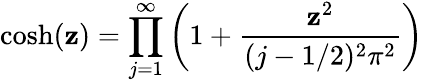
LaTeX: \cosh(\mathbf{z})=\prod_{j=1}^{\infty}\left(1+\frac{{\mathbf{z}^{2}}}{{(j-1/2)^{2}\pi^{2}}}\right)